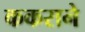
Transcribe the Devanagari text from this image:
ककराने